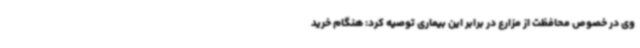
وی در خصوص محافظت از مزارع در برابر این بیماری توصیه کرد: هنگام خرید